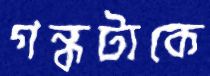
গন্ধটাকে